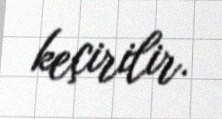
keçirilir.